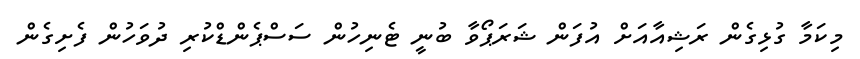
މިކަމާ ގުޅިގެން ރަޝިއާއަށް އުފަން ޝަރަޕޯވާ ބުނީ ޓެނިހުން ސަސްޕެންޑްކުރި ދުވަހުން ފެށިގެން